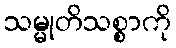
သမ္မုတိသစ္စာကို